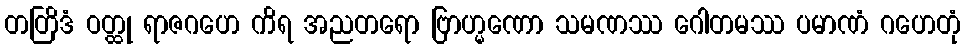
တတြိဒံ ဝတ္ထု ရာဇဂဟေ ကိရ အညတရော ဗြာဟ္မဏော သမဏဿ ဂေါတမဿ ပမာဏံ ဂဟေတုံ